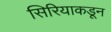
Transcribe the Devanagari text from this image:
सिरियाकडून